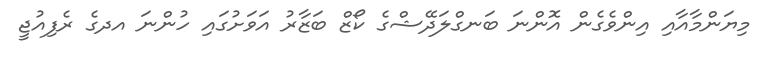
މިޔަންމާއާއި އިންވެގެން އޮންނަ ބަނގްލަދޭޝްގެ ކޯޒް ބަޒާރު އަވަށުގައި ހުންނަ އދގެ ރެފިއުޖީ